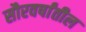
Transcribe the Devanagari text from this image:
सौरवर्षांतील